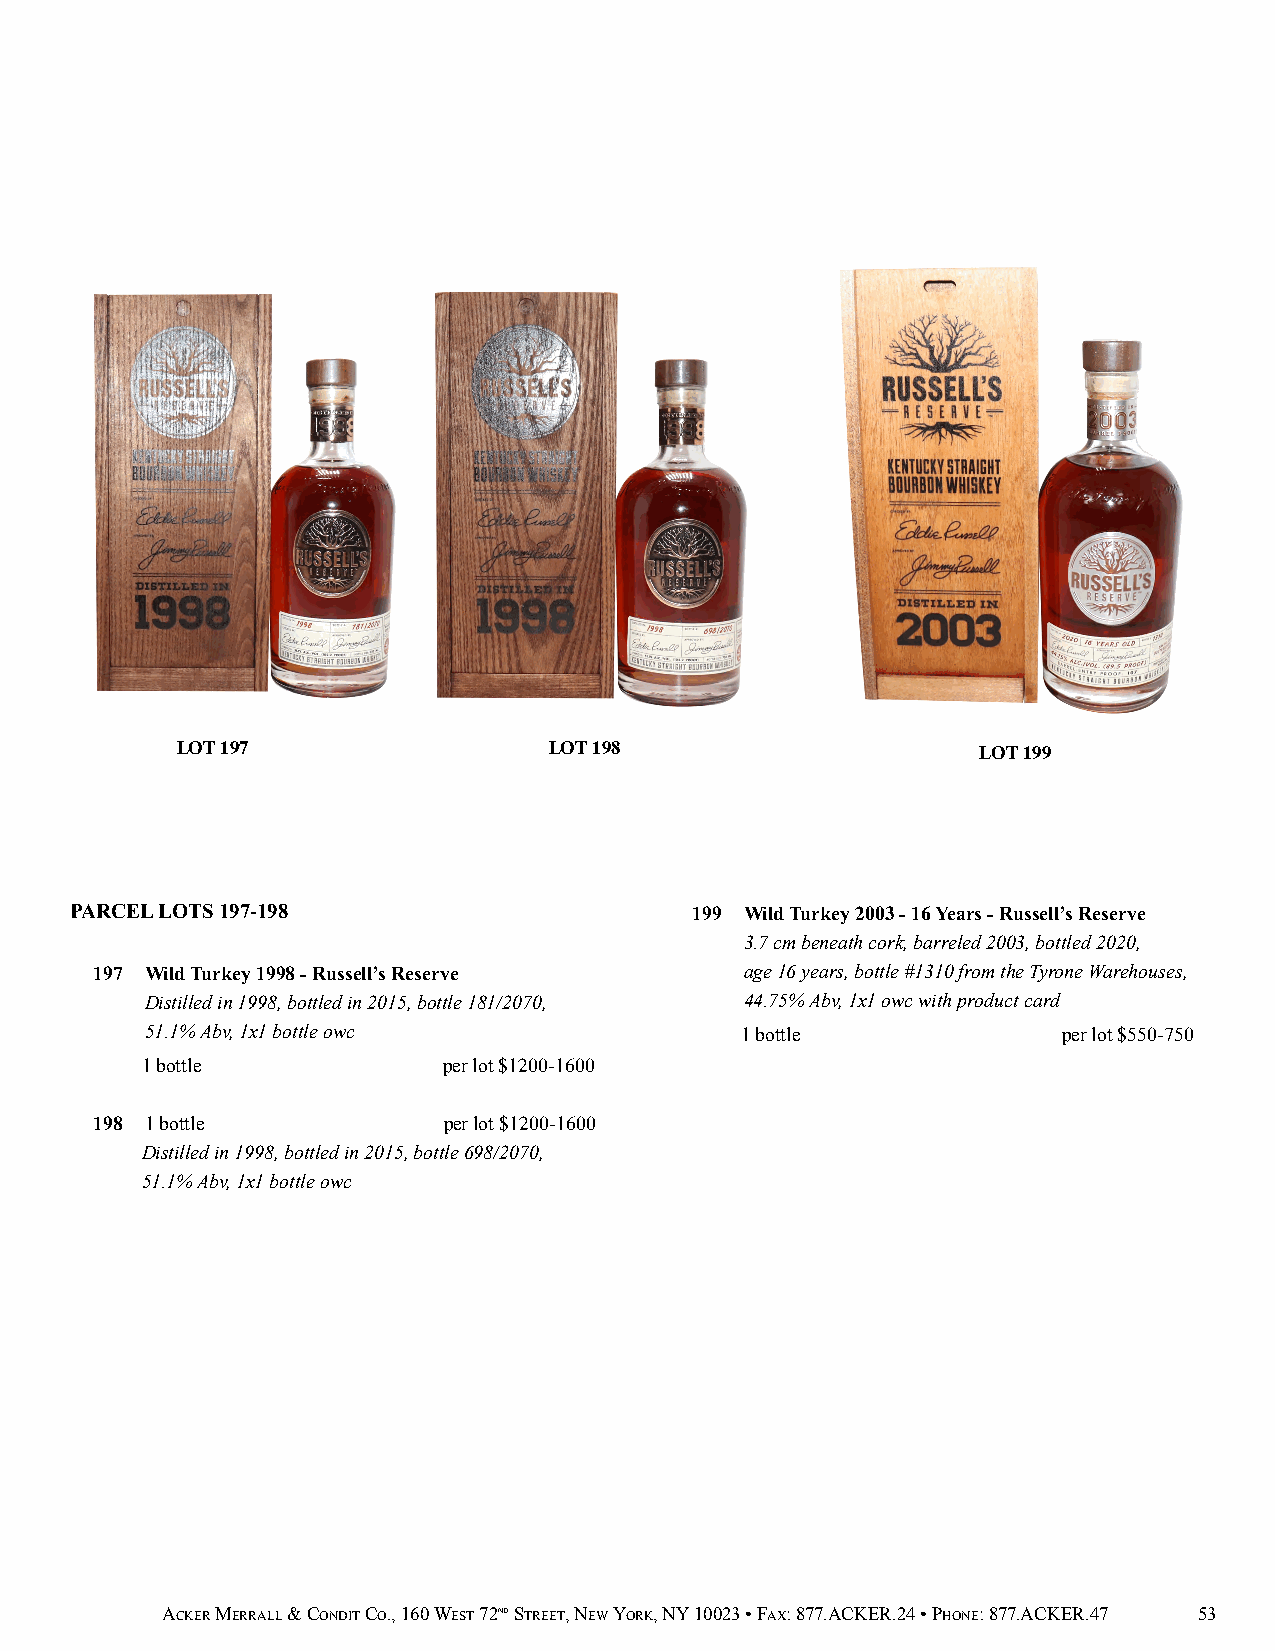
LOT 197                 LOT 198                      LOT 199
 PARCEL LOTS 197-198                      199 Wild Turkey 2003 - 16 Years - Russell’s Reserve
 3.7 cm beneath cork, barreled 2003, bottled 2020,
 197 Wild Turkey 1998 - Russell’s Reserve   age 16 years, bottle #1310 from the Tyrone Warehouses,
 Distilled in 1998, bottled in 2015, bottle 181/2070, 44.75% Abv, 1x1 owc with product card
 51.1% Abv, 1x1 bottle owc              1 bottle             per lot $550-750
 1 bottle            per lot $1200-1600
 198 1 bottle           per lot $1200-1600
 Distilled in 1998, bottled in 2015, bottle 698/2070,
 51.1% Abv, 1x1 bottle owc
 ACKER MERRALL & CONDIT CO., 160 WEST 72ND STREET, NEW YORK, NY 10023 • FAX: 877.ACKER.24 • PHONE: 877.ACKER.47 53